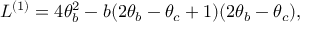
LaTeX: L ^ { ( 1 ) } = 4 \theta _ { b } ^ { 2 } - b ( 2 \theta _ { b } - \theta _ { c } + 1 ) ( 2 \theta _ { b } - \theta _ { c } ) ,